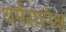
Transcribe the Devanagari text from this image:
धर्मसापेक्ष